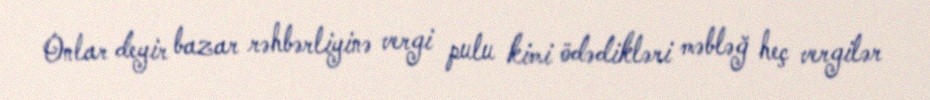
Onlar deyir bazar rəhbərliyinə vergi pulu kimi ödədikləri məbləğ heç vergilər